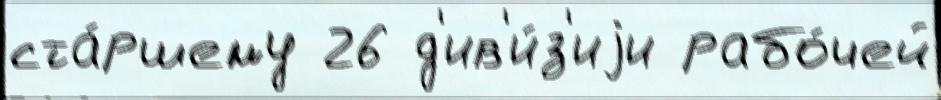
ста́ршему 26 д'ив'и́з'иjи рабо́чей